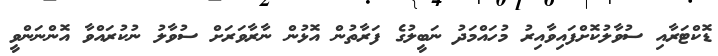
ޑޮކްޓަރާއި ސުވާލުކޮށްފައިވާއިރު މުހައްމަދު ނަބީލުގެ ފަރާތުން އޮޅުން ނާރާވަރަށް ސުވާލު ނުކުރައްވާ އޮންނަންވީ